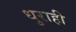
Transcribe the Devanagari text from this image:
धुराही